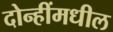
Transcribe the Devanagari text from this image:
दोन्हींमधील